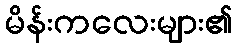
မိန်းကလေးများ၏